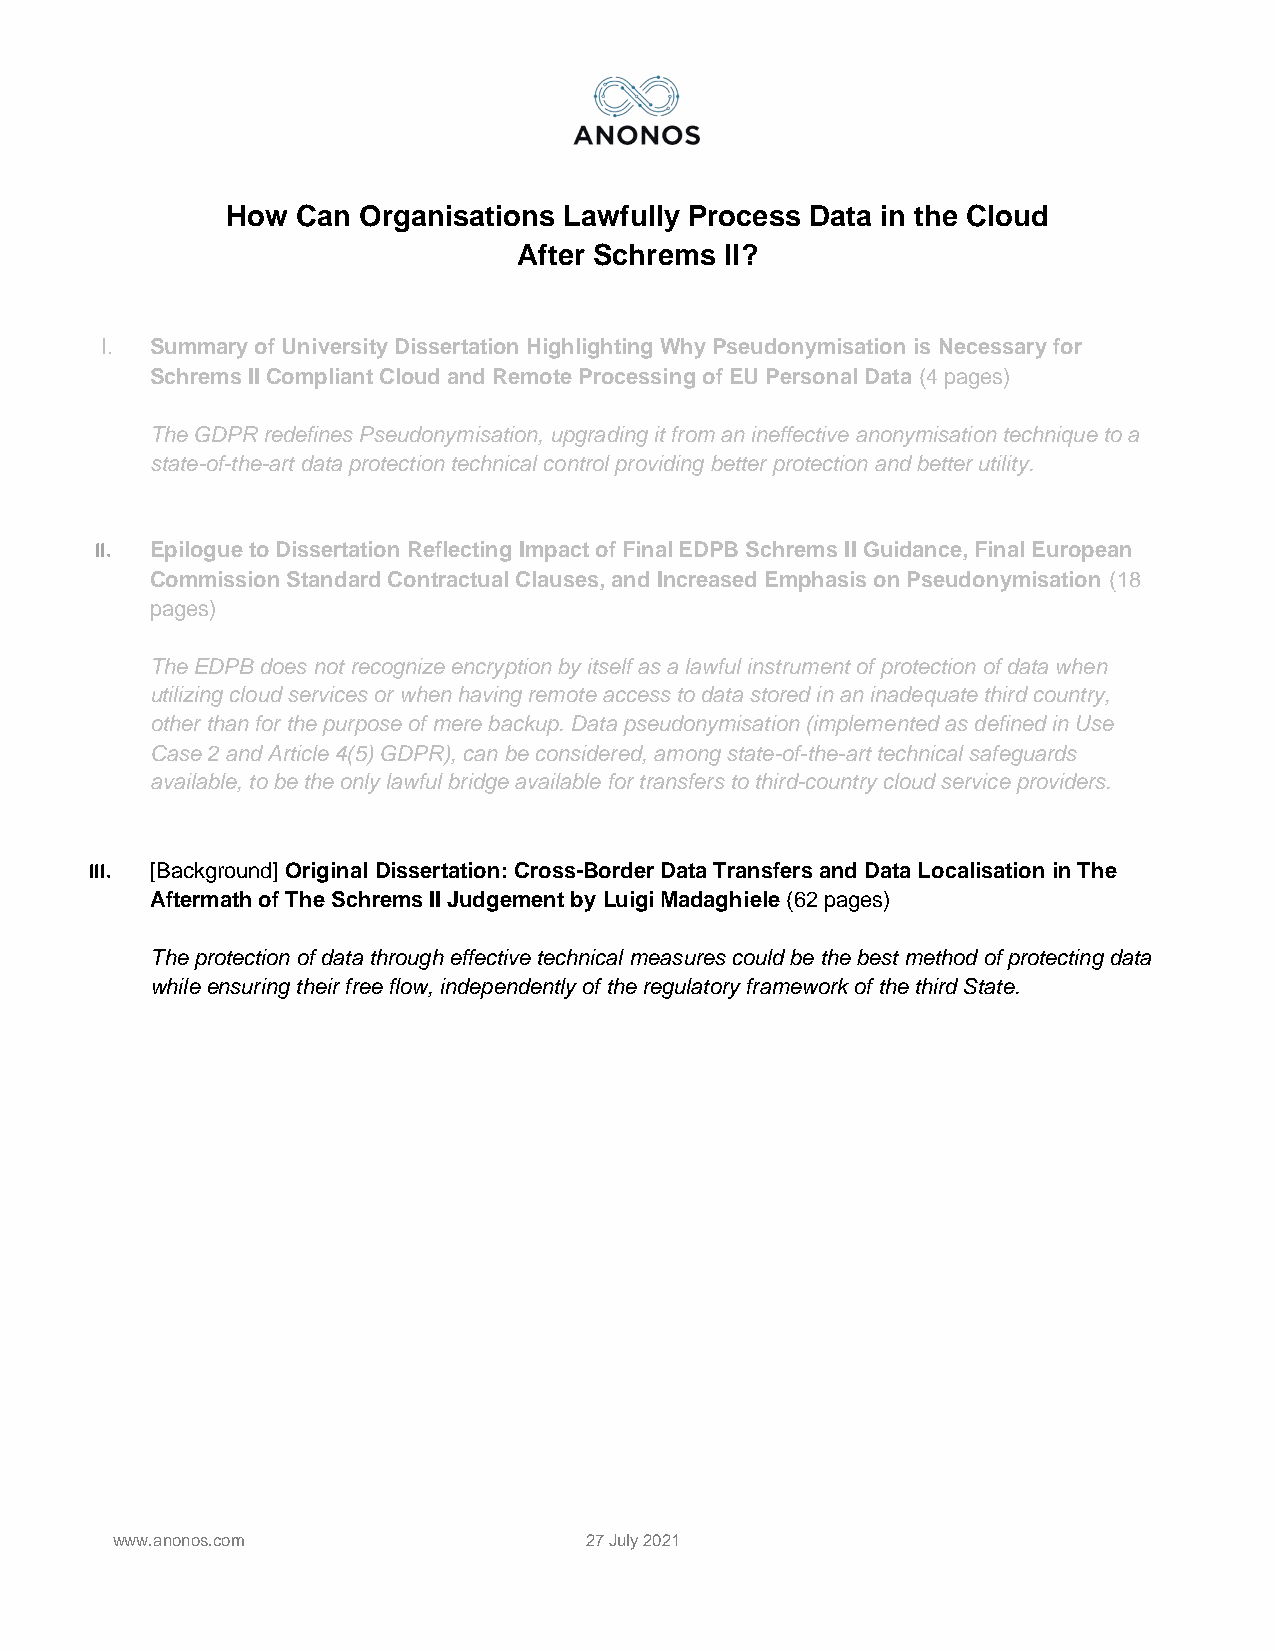
How  Can Organisations Lawfully Process Data in the Cloud
 After Schrems II?
 I. Summary of University Dissertation Highlighting Why Pseudonymisation is Necessary for
 Schrems II Compliant Cloud and Remote Processing of EU Personal Data (4 pages)
 The GDPR redefines Pseudonymisation, upgrading it from an ineffective anonymisation technique to a
 state-of-the-art data protection technical control providing better protection and better utility.
 II. Epilogue to Dissertation Reflecting Impact of Final EDPB Schrems II Guidance, Final European
 Commission Standard Contractual Clauses, and Increased Emphasis on Pseudonymisation (18
 pages)
 The EDPB does not recognize encryption by itself as a lawful instrument of protection of data when
 utilizing cloud services or when having remote access to data stored in an inadequate third country,
 other than for the purpose of mere backup. Data pseudonymisation (implemented as defined in Use
 Case 2 and Article 4(5) GDPR), can be considered, among state-of-the-art technical safeguards
 available, to be the only lawful bridge available for transfers to third-country cloud service providers.
 III. [Background] Original Dissertation: Cross-Border Data Transfers and Data Localisation in The
 Aftermath of The Schrems II Judgement by Luigi Madaghiele (62 pages)
 The protection of data through effective technical measures could be the best method of protecting data
 while ensuring their free flow, independently of the regulatory framework of the third State.
 www.anonos.com                  27 July 2021